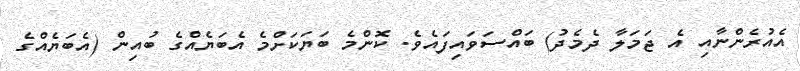
އެއުރެންނާއި އެ ޖަމަލާ ދެމެދު) ބައްސަވައިފައެވެ. ކޮންމެ ބަޔަކަށްމެ އެބަޔެއްގެ ބުއިން (އެބަޔެއްގެ